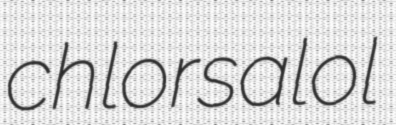
chlorsalol